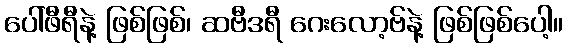
ပေါ်ဖီရီနဲ့ ဖြစ်ဖြစ်၊ ဆဗီဒရီ ဂေးလော့ဗ်နဲ့ ဖြစ်ဖြစ်ပေါ့။